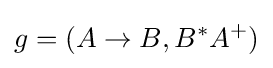
g=(A\to B,B^{*}A^{+})